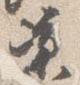
涼